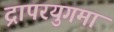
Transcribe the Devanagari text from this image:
द्रापरयुगमां